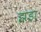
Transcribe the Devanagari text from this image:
झंड़ा